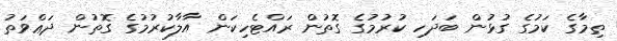
ތިމާގެ ކަމުގެ ގުޅުން ބަދަހި ކުރުމުގެ ގޮތުން ރައްޓެހިކަން އާލާކުރުމުގެ ގޮތުން ދަޢްވަތު